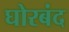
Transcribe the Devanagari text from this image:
घोरबंद